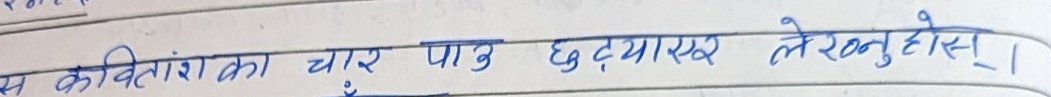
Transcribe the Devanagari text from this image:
स कवितांशका चार पाऊ छुट्याएर लेख्नुहोस्।